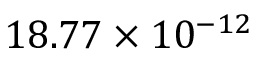
1 8 . 7 7 \times 1 0 ^ { - 1 2 }